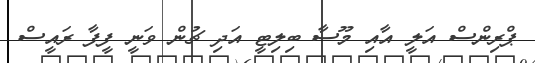
ޕްރިންސް އަލީ އާއި މޫސާ ބިލިޓީ އަދި ޗުން ވަނީ ފީފާ ރައީސް